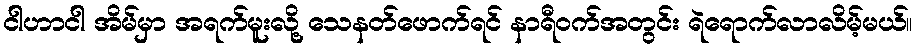
ငါဟာငါ အိမ်မှာ အရက်မူးလို့ သေနတ်ဖောက်ရင် နာရီဝက်အတွင်း ရဲရောက်လာလိမ့်မယ်။